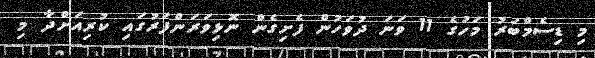
މި ޑިސެމްބަރު މަހުގެ 11 ވަނަ ދުވަހުން ފެށިގެން ނޮޅިވަރަންފަރުގައި ކުރިއަށްދާ މި